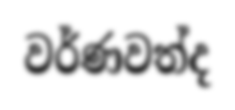
වර්ණවත්ද